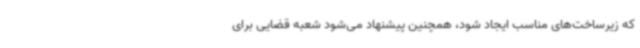
که زیرساخت‌های مناسب ایجاد شود، همچنین پیشنهاد می‌شود شعبه قضایی برای